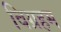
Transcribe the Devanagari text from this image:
विग्रहम